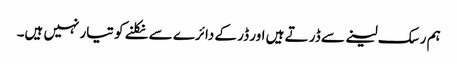
ہم رسک لینے سے ڈر تے ہیں اور ڈر کے دائرے سے نکلنے کو تیار نہیں ہیں۔